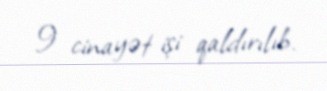
9 cinayət işi qaldırılıb.